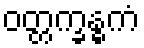
ဝတ္တက္ခန္ဓကံ